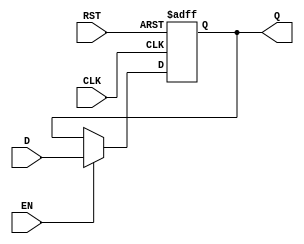
module StoreRegister (
    input wire D,        // Data Input
    input wire CLK,      // Clock
    input wire EN,       // Enable
    input wire RST,      // Reset
    output reg Q         // Data Output
);

// Asynchronous reset and synchronous data capture
always @(posedge CLK or posedge RST) begin
    if (RST) begin
        Q <= 1'b0;      // Set output to 0 on reset
    end else if (EN) begin
        Q <= D;         // Capture data on clock edge if enabled
    end
    // If EN is low, Q retains its previous value
end

endmodule